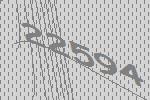
22594